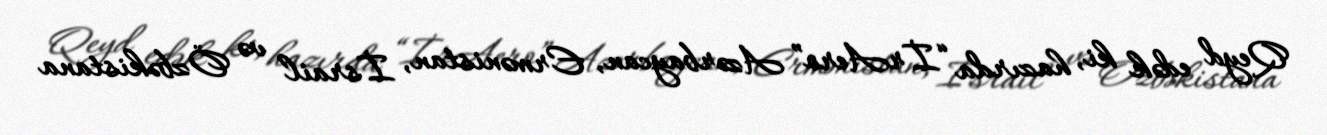
Qeyd edək ki, hazırda “İrAero” Azərbaycan, Ermənistan, İsrail və Özbəkistana